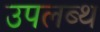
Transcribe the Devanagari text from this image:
उपलब्थ